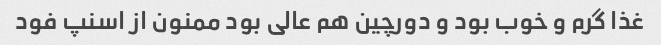
غذا گرم و خوب بود و دورچین هم عالی بود ممنون از اسنپ فود